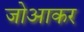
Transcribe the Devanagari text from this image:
जोआकर